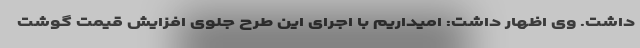
داشت. وی اظهار داشت: امیداریم با اجرای این طرح جلوی افزایش قیمت گوشت